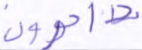
داخرون